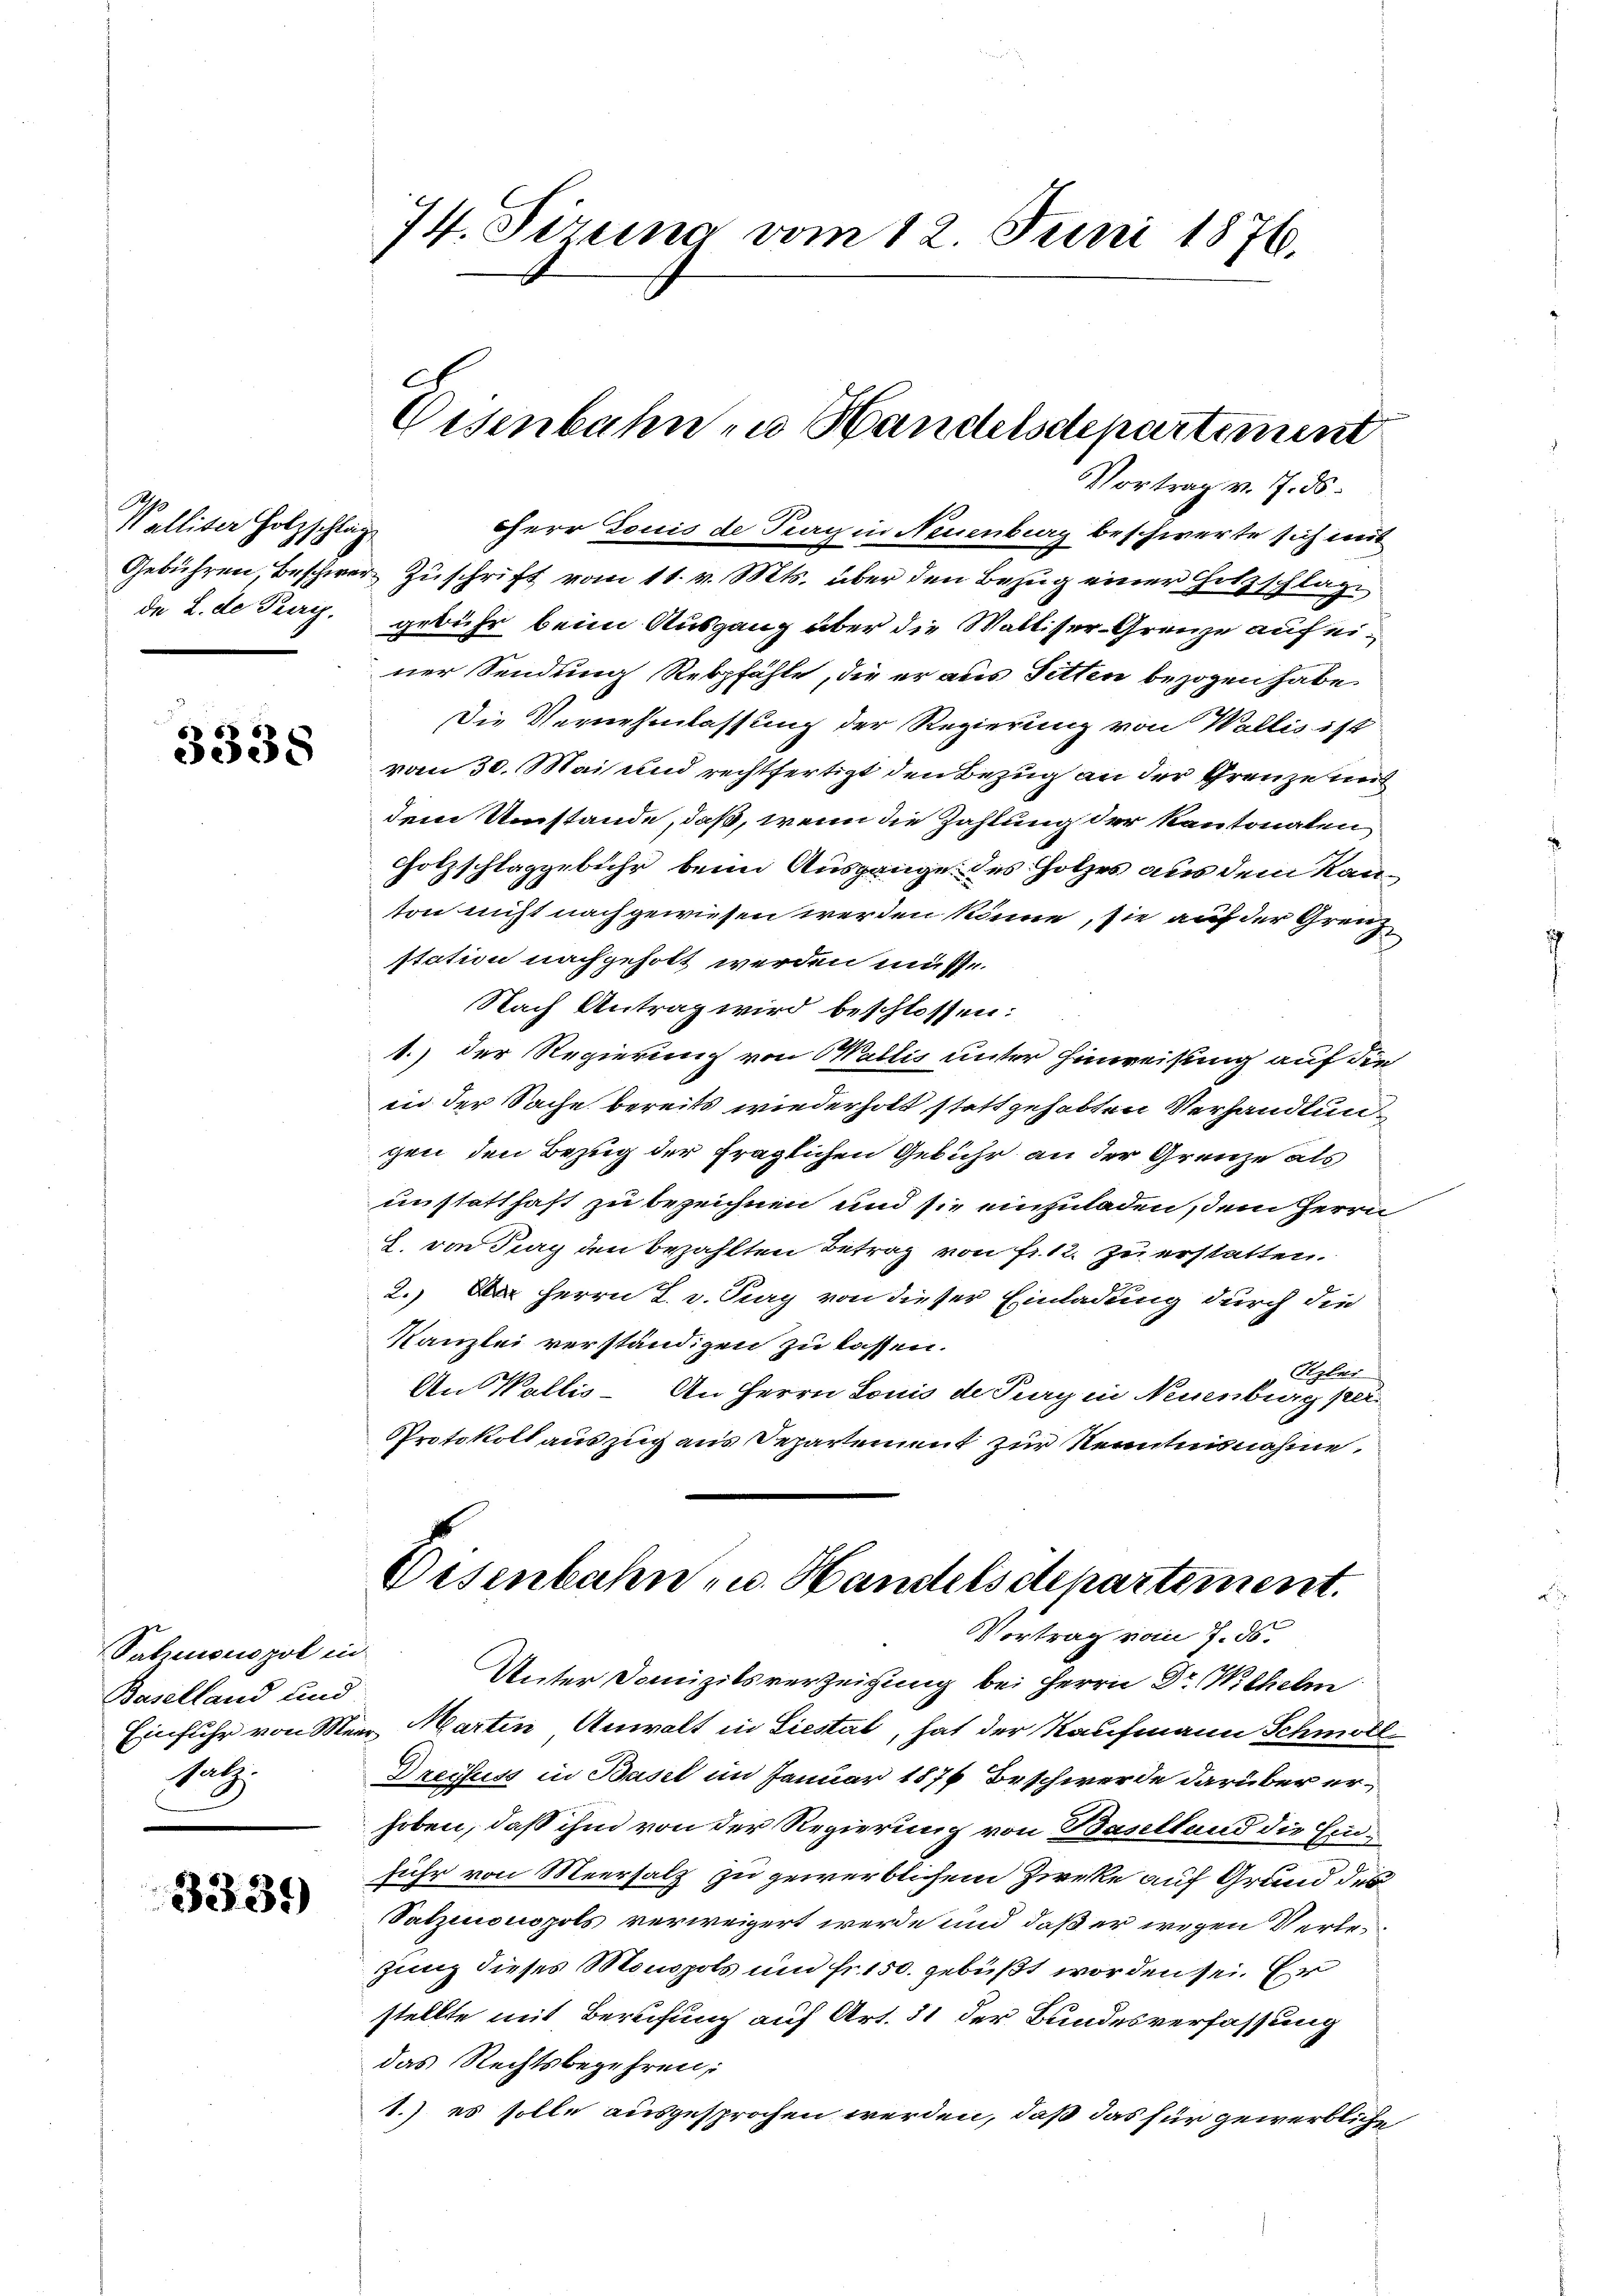
Walliser Holzschlag
de 2. de Pierig,

3338

Salzmonopol in
Baselland und
Satz.

3339

74. Sirung vom 12. Juni 1876.

herr Louis de Prag in Neuenburg beschwerte sich mit
Gebühren, Beschwer Zuschrift vom 11. v. Mts. über den Bezug einer Hitzschlage
gebühr beim Ausgang über die Walliser-Grenze auf einer Sendung Rebpfähle, die er aus Sitten bezogen habe.
Die Vernehmlassung der Regierung von Wallis ist
vom 30. Mai und rechtfertigt den Bezug an der Grenze mit
dem Umstände, daß, wenn die Zahlung der kantonalen
Holzschlaggebühr beim Ausgange des Holzes aus dem Kanton nicht nachgewiesen werden könne, sie auf der Grenz
station nachgeholt werden müsse.
Nach Antrag wird beschlossen:
1.) Der Regierung von Wallis unter Hinweisung auf die
in der Sache bereits wiederholt statt gehabten Verhandlungen den Bezug der fraglichen Gebühr an der Grenze als
unstatthaft zu bezeichnen und sie einzuladen, dem Herrn
8. von Pay den bezahlten Betrag von Fr. 12. zu erstatten.
2.) Herrn L. v. Pury von dieser Einladung durch die
Kanzlei verständigen zu lassen.
Ryler
An Wallis. An Herrn Louis de Perg in Neuenburg per-
Protokoll auszug aus Departement zur Kenntnisnahme.

Eisenbahn in Handelsdepartement
Vortrag v. J. ds.

Eisenbahn- u. Handelsdepartement.
Vortrag vom 7. ds.

Unter Domizilsverzeigung bei Herrn Dr. Wilhelm
Einfuhr von Meer, Martin Anwalt in Liestat, hat der Kaufmann Schmoll¬
Drechuss in Basel im Januar 1876 Beschwerde darüber erhoben, daß ihm von der Regierung von Baselland die Einfuhr von Meersalz zu gewerblichem Zirke auf Grund des
Satzionspols verweigert werde und daß er wegen Verle¬
Jung dieses Monopols um Fr. 150. gebüßt worden sei. Er
stellte mit Berufung auf Art. 31 der Bundesverfassung
das Rechtsbegehren:
1.) es solle ausgesprochen werden, daß das für gewerbliche